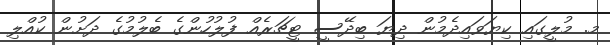
މ. މުލީގައި ކިޔަވައިދެމުން ދިޔަ ބިދޭސީ ޓީޗަރެއް ފުލުހުންގެ ބެލުމުގެ ދަށުން ކުއްލި